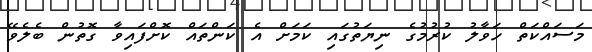
މަސައްކަތް ހަވާލު ކުރުމުގެ ނިޔަތުގައި ކަމަށް އެ ކަންތައް ކޮށްފައިވާ ގޮތުން ބެލެވޭ